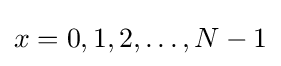
x=0,1,2,\ldots ,N-1